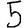
Digit: 5